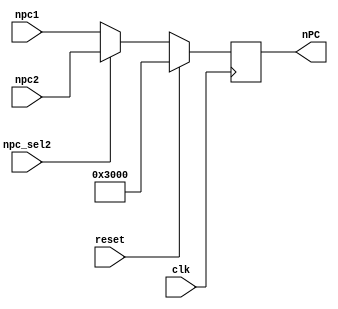
`timescale 1ns / 1ps
//////////////////////////////////////////////////////////////////////////////////
// Company: 
// Engineer: 
// 
// Design Name: 
// Module Name:    GetNpc 
// Project Name: 
// Target Devices: 
// Tool versions: 
// Description: 
//
// Dependencies: 
//
// Revision: 
// Revision 0.01 - File Created
// Additional Comments: 
//
//////////////////////////////////////////////////////////////////////////////////
module GetNpc(npc1,npc2,npc_sel2,reset,clk,nPC);
	input [31:0]npc1;
	input  [31:0] npc2;
	input npc_sel2;
	input reset;
	input clk;
	output reg [31:0] nPC ;
	initial nPC=32'h00003000;
	
	always@(posedge clk) begin
		if(reset==1) nPC<=32'h00003000;
		else begin
			if(npc_sel2==1) nPC<=npc2;
			else nPC<=npc1;
		end
	end


endmodule